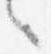
言